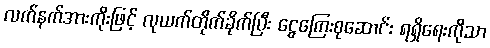
လက်နက်အားကိုးဖြင့် လုယက်တိုက်ခိုက်ပြီး ငွေကြေးစုဆောင်း ရရှိရေးကိုသာ